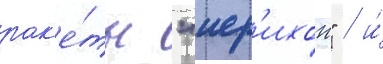
рак'е́ты "иер'ихон" / и́